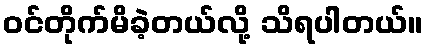
ဝင်တိုက်မိခဲ့တယ်လို့ သိရပါတယ်။